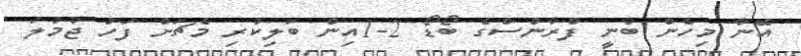
އޭނާ މިހެން ބުނީ ފްރާންސްގެ ބޯޑޯ 2-1އިން ބަލިކުރި މެޗަށް ފަހު ޖުމުލަ